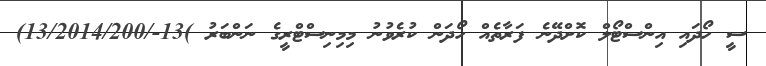
ސީ ހޯދައި އިންސްޓޯލް ކޮށްދޭނެ ފަރާތެއް ހޯދަން ކުރެވުނު މިމިނިސްޓްރީގެ ނަންބަރު )13-/13/2014/200)